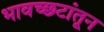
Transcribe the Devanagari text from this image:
भावच्छटांतून